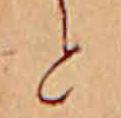
と